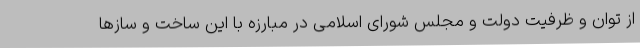
از توان و ظرفیت دولت و مجلس شورای اسلامی در مبارزه با این ساخت و سازها